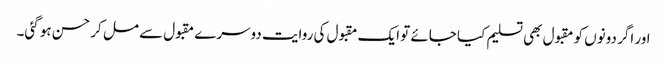
اور اگر دونوں کو مقبول بھی تسلیم کیا جائے تو ایک مقبول کی روایت دوسرے مقبول سے مل کر حسن ہو گئی۔